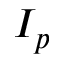
I _ { p }